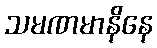
သမဏမာနိနေ